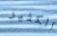
الكثير